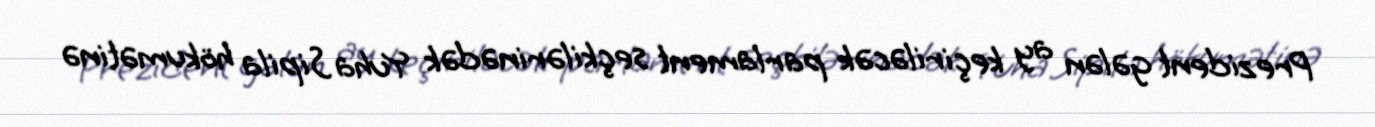
Prezident gələn ay keçiriləcək parlament seçkilərinədək Yuha Sipila hökumətinə